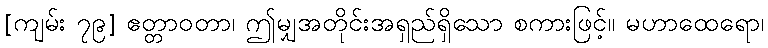
[ကျမ်း ၇၉] ဧတ္တာဝတာ၊ ဤမျှအတိုင်းအရှည်ရှိသော စကားဖြင့်။ မဟာထေရော၊